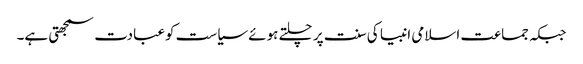
جبکہ جماعت اسلامی انبیا کی سنت پر چلتے ہوئے سیاست کوعبادت سمجھتی ہے۔